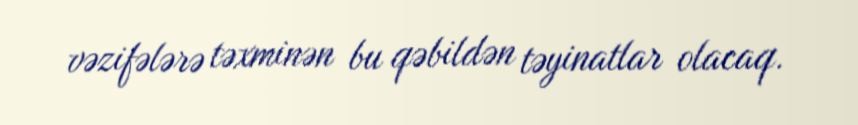
vəzifələrə təxminən bu qəbildən təyinatlar olacaq.